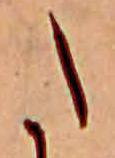
た